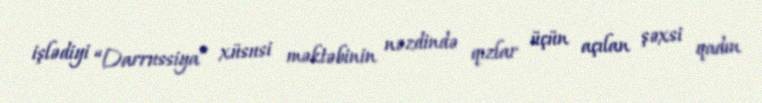
işlədiyi “Darrussiya” xüsusi məktəbinin nəzdində qızlar üçün açılan şəxsi qadın